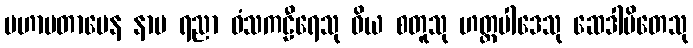
မဟာပတာပေန နာမ ရညာ ဝံသကဠီရေသု ဝိယ စတူသု ဟတ္ထပါဒေသု ဆေဒါပိတေသု